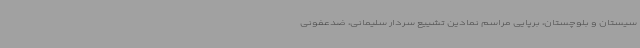
سیستان و بلوچستان، برپایی مراسم نمادین تشییع سردار سلیمانی، ضدعفونی